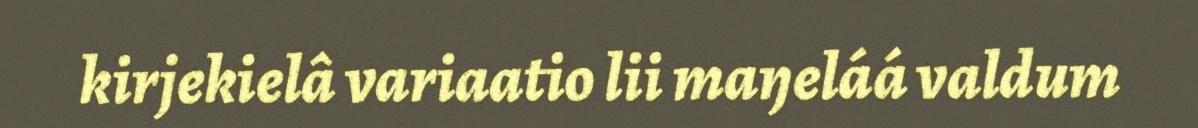
kirjekielâ variaatio lii maŋeláá valdum